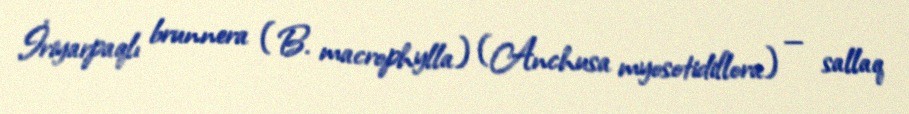
İriyarpaqlı brunnera (B. macrophylla) (Anchusa myosotidiflora) — sallaq